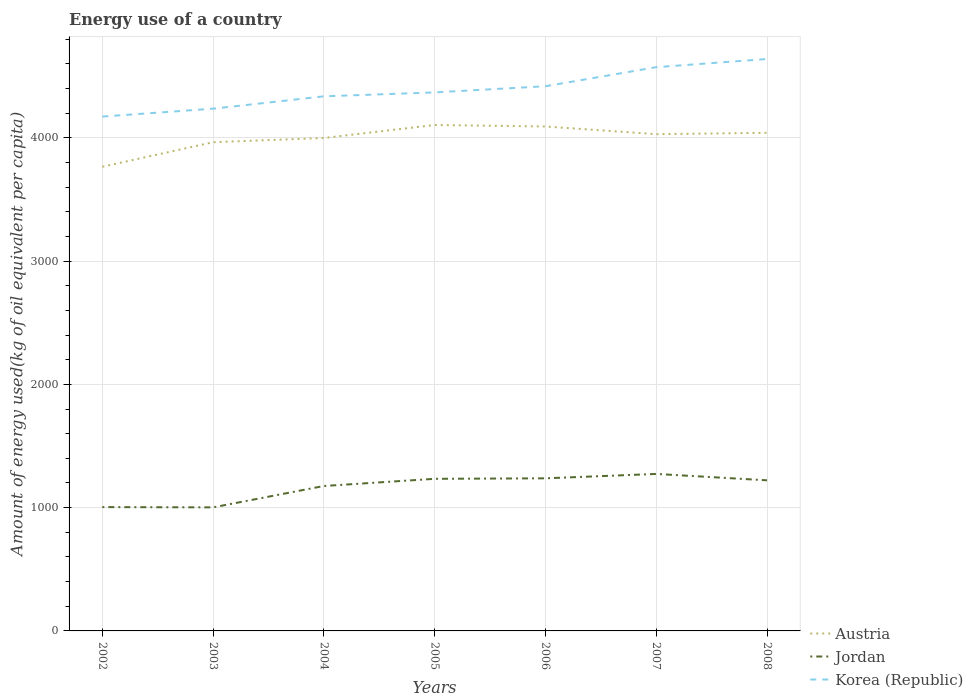
| Years | Austria | Jordan | Korea (Republic) |
 | --- | --- | --- | --- |
 | 2002 | 3.77e+03 | 1e+03 | 4.17e+03 |
 | 2003 | 3.96e+03 | 1e+03 | 4.24e+03 |
 | 2004 | 4e+03 | 1.18e+03 | 4.34e+03 |
 | 2005 | 4.1e+03 | 1.23e+03 | 4.37e+03 |
 | 2006 | 4.09e+03 | 1.24e+03 | 4.42e+03 |
 | 2007 | 4.03e+03 | 1.27e+03 | 4.57e+03 |
 | 2008 | 4.04e+03 | 1.22e+03 | 4.64e+03 |